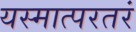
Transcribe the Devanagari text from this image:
यस्मात्परतरं